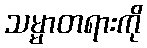
သမ္မာတရားကို